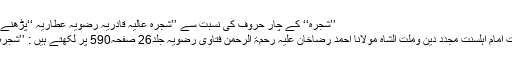
’’شَجَرَہ‘‘ کے چار حُروف کی نسبت سے ’’شجرہ عالیہ قادریہ رضویہ عطّاریہ ‘‘پڑھنے کے 4فوائد
اعلیٰ حضرت امامِ اہلِسنّت مجددِ دین وملت الشاہ مولانا احمد رضاخان علیہ رحمۃ الرحمن فتاوٰی رضویہ جلد26 صفحہ590 پر لکھتے ہیں : ’’شجرہ حضورسیدِ